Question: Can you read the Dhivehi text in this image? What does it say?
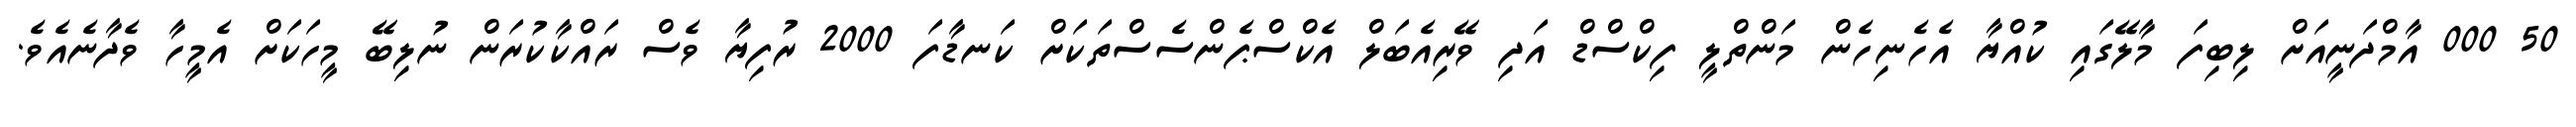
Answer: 50 000 އާމްދަނީއަށް ލިބިފަ މާލޭގައި ކުއްޔާ އެހެނިހެން މަންތްލީ ފިކްސްޑް އަދި ވޭރިއެބަލް އެކްސްޕެންސެސްތަކަށް ކަނޑާފަ 2000 ރުފިޔާ ވެސް ރައްކާކުރަން ނުލިބޭ މީހަކަށް އެމީހާ ވެދާނެއެވެ.